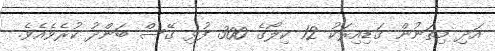
އަދި މިތަނުން ގަޑިއިރަކު 12 ކިލޯގެ 300 ފުޅި ގޭސް ބަންދު ކުރެވެއެވެ.